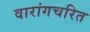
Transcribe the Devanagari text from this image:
वारांगचरित